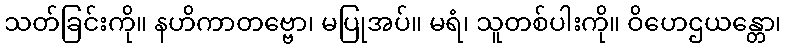
သတ်ခြင်းကို။ နဟိကာတဗ္ဗော၊ မပြုအပ်။ မရံ၊ သူတစ်ပါးကို။ ဝိဟေဌယန္တော၊